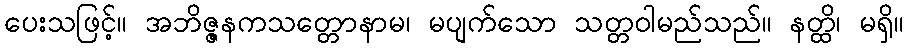
ပေးသဖြင့်။ အဘိဇ္ဇနကသတ္တောနာမ၊ မပျက်သော သတ္တဝါမည်သည်။ နတ္ထိ၊ မရှိ။